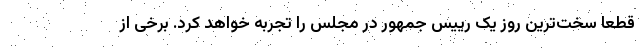
قطعا سخت‌ترین روز یک رییس جمهور در مجلس را تجربه خواهد کرد. برخی از